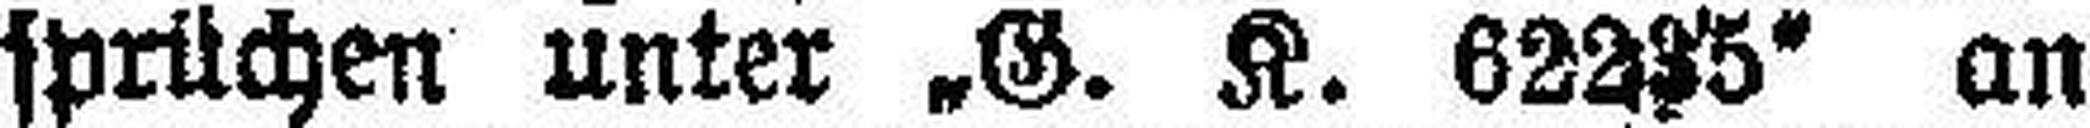
sprüchen unter „G. K. 62235“ an